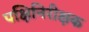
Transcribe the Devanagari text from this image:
पक्षिनिरीक्षक